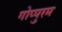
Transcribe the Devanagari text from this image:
गोप्पुरम